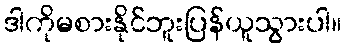
ဒါကိုမစားနိုင်ဘူးပြန်ယူသွားပါ။